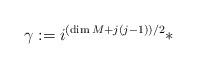
LaTeX: \begin{align*}\gamma := i^{(\dim M + {j(j-1)})/{2}} *\end{align*}